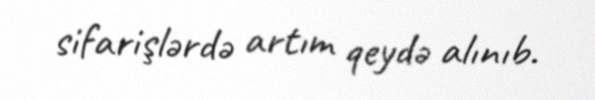
sifarişlərdə artım qeydə alınıb.